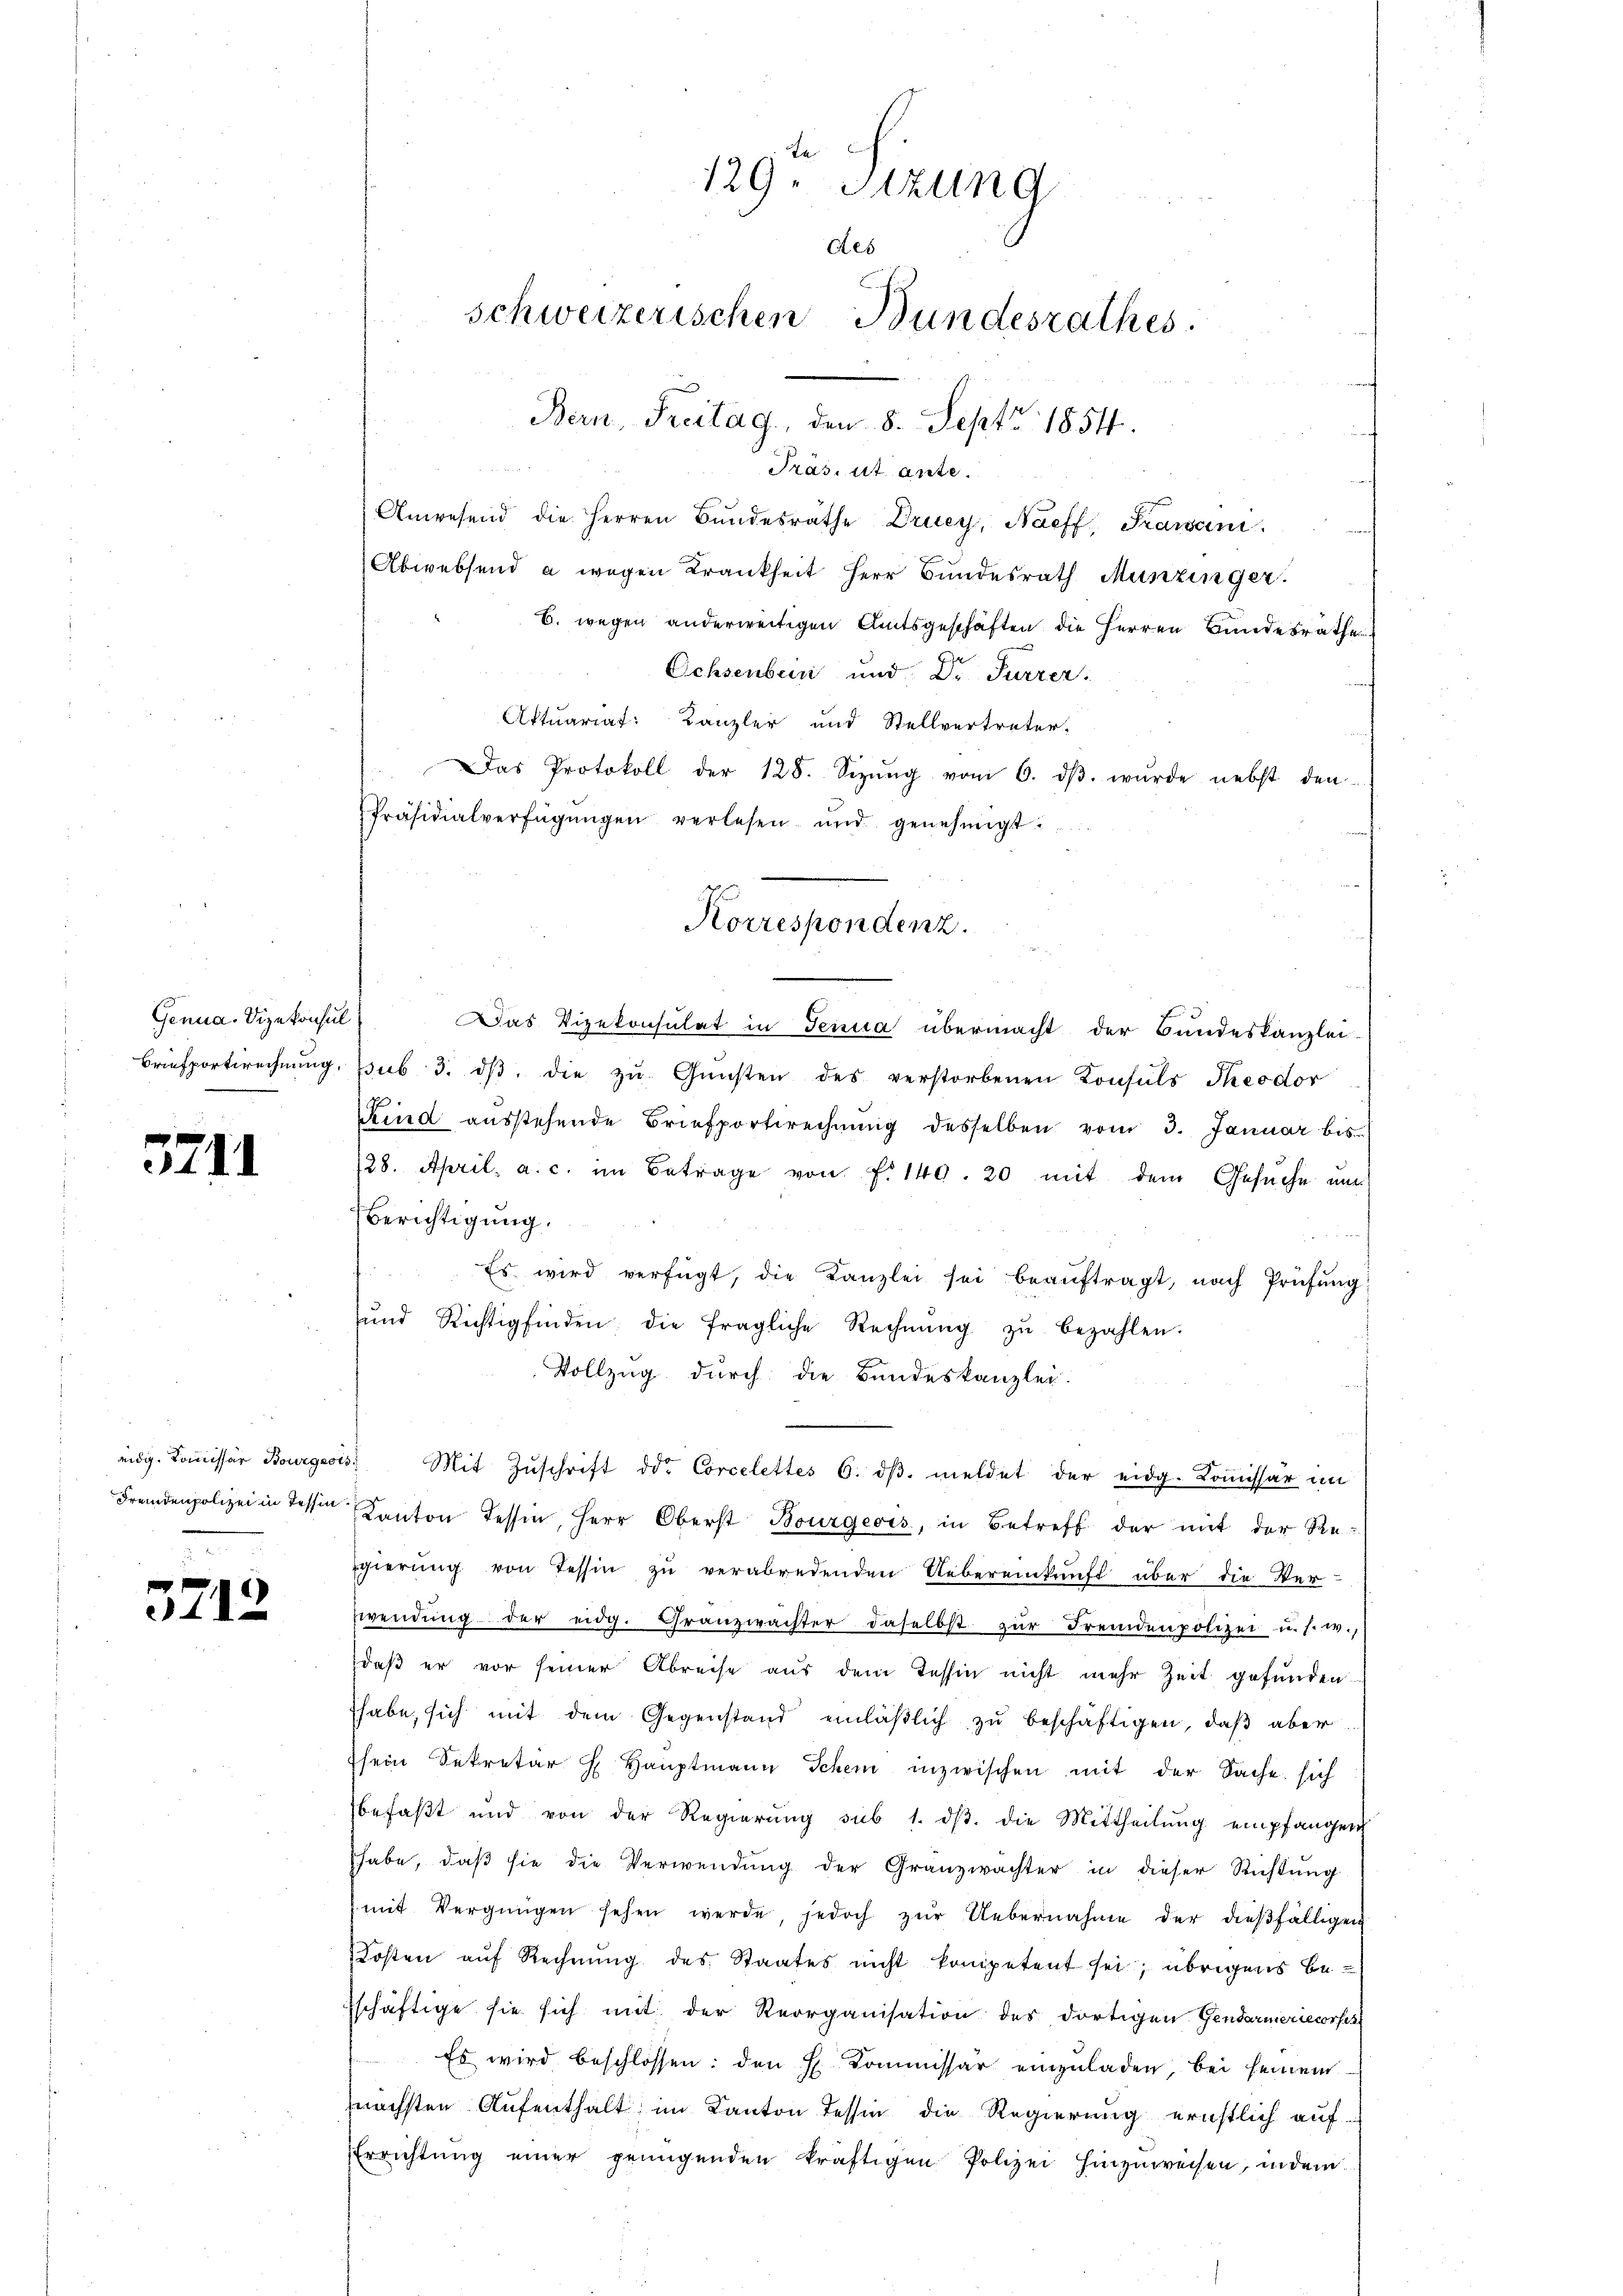
Genua, Vizekonsul

3211

3212

Das Vizekonsulat in Jenia übermacht der Bundeskanzlei-
Briefportirechnŭng, sub 3. dβ die zŭ Gŭnsten des verstorbenen Konsuls Theodor
7
Kind aŭsstehende Briefportwechnŭng desselben vom 3. Januar bis
128. April, a. c. im Betrage von f. 149. 20 mit dem Gesuche und
Berichtigung.
Es wird verfügt, die Kanzlei sei beaŭftragt, nach Prüfŭng
ŭnd Richtig finden, die fragliche Rechnŭng zŭ bezahlen.
Vollzug durch die Bundeskanzlei.
eidg. Koṁissär Bourgeois Mit Zŭschrift od. Corcelettes 6. dβ. meldet der eidg. Koṁissär im
Fremdenpolizei in dessen Kanton Tessin, Herr Oberst Bourgeois, in Betreff der mit der Re-
gierung von Tessin zu verabredenden Uebereinkunft über die Verwendŭng der eidg. Granzwachter daselbst zŭr Fremdenpolizei u. s. w.,
daβ er vor seiner Abreise aus dem Tessin nicht mehr Zeit gefunden.
habe, sich mit dem Gegenstand einläβlich zu beschäftigen, daß aber
sein Sekretär H. Haŭptmann Schem inzwischen mit der Sache sich
befaßt und von der Regierŭng sub 1. dβ. die Mittheilŭng empfangen
habe, daß sie die Verwendung der Granzwachter in dieser Richtung
mit Vergnügen sehen werde, jedoch zŭr Uebernahme der dieβfälligen
Kosten aŭf Rechnŭng des Staates nicht kompetent sei; übrigens besschäftige sie sich mit der Reorganisation des dortigen Gendarmeriecorses
Es wird beschlossen: den H. Commissär einzuladen, bei seinem
nächsten Aufenthalt im Kanton Tessin die Regierung ernstlich auf-
Errichtung einer genügenden kräftigen Polizei hinzuweisen, indem

129. Sitzung
des
schweizerischen Bundesrathes.
Bern, Freitag, den 8. Sept. 1854.

i
Präs. ut ante.
Anwesend die Herren Bundesräthe Druey, Naeff, Prawan
Abwebsend a wegen Krankheit Herr Bundesrath Munzinger.
B. wegen anderweitigen Amtsgeschäften die Herren Bundesrathes
Ochsenbein und Dr. Furrer.
Aktuariat Kanzler und Stellvertreter-
Das Protokoll der 128. Sizŭng vom 6. dβ. wurde nebst den
Präsidialverfügŭngen verlesen und genehmigt:

Korrespondenz.